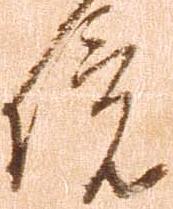
境